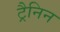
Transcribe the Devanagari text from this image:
ट्रैनिन